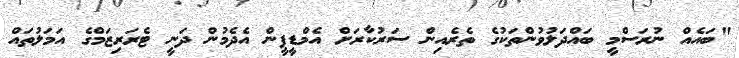
"ބައެއް ނުރަސްމީ ބައްދަލުވުންތަކުގެ ތެރެއިން ސަރުކާރަށް އެމްޑީޕީން އެދެމުން ދަނީ ޓެރަރިޒަމްގެ އަމަލުތައް